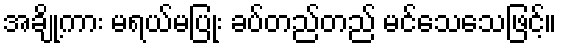
အချို့ကား မရယ်မပြုံး ခပ်တည်တည် မင်သေသေဖြင့်။